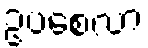
ဥပစေလာ